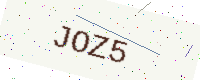
Text: JOZ5